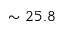
\sim 2 5 . 8